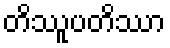
တိဿူပတိဿာ